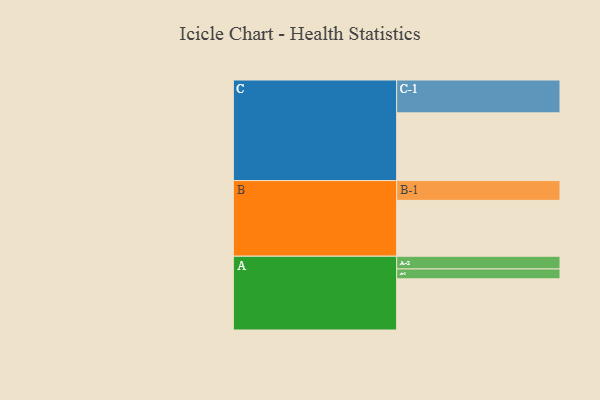
{"axis": {"x": "Segment", "y": "Value"}, "legend": ["", "A", "B", "C"], "data": [{"x": "A", "y": 414, "type": ""}, {"x": "B", "y": 452, "type": ""}, {"x": "C", "y": 548, "type": ""}, {"x": "A-1", "y": 80, "type": "A"}, {"x": "A-2", "y": 103, "type": "A"}, {"x": "B-1", "y": 160, "type": "B"}, {"x": "C-1", "y": 266, "type": "C"}]}